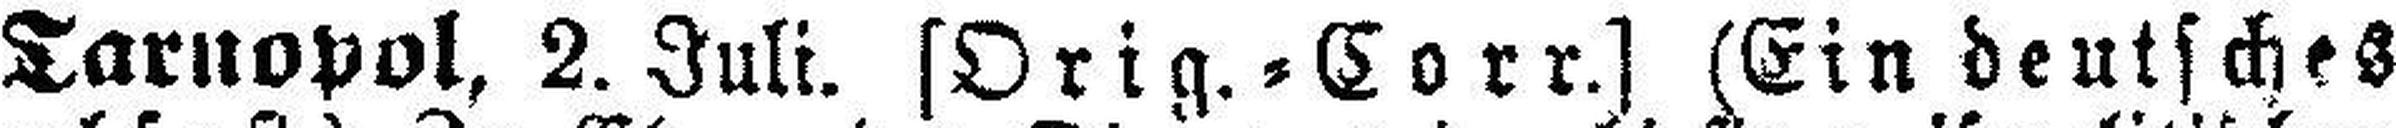
Tarnopol, 2. Juli. [Orig.=Corr.] (Ein deutsches